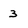
Character: 3